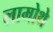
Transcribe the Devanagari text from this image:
लामोथे